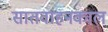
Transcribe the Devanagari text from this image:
सातवाहनकाल